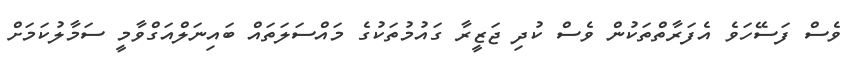
ވެސް ފަސޭހަވެ އެފަރާތްތަކުން ވެސް ކުދި ޖަޒީރާ ގައުމުތަކުގެ މައްސަލަތައް ބައިނަލްއަގްވާމީ ސަމާލުކަމަށް